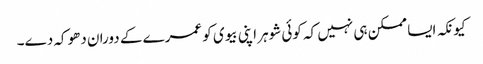
کیونکہ ایسا ممکن ہی نہیں کہ کوئی شوہر اپنی بیوی کو عمرے کے دوران دھوکہ دے۔